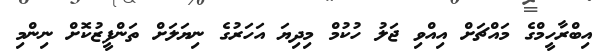
އިބްރާހީމްގެ މައްޗަށް އިއްވި ޖަލު ހުކުމް މިދިޔަ އަހަރުގެ ނިޔަލަށް ތަންފީޒުކޮށް ނިންމި